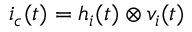
i _ { c } ( t ) = h _ { i } ( t ) \otimes v _ { i } ( t )